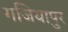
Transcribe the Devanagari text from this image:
गजियापुर